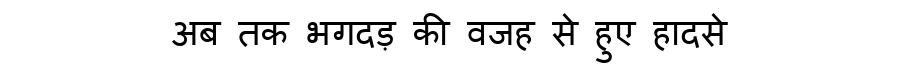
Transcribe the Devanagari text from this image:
अब तक भगदड़ की वजह से हुए हादसे